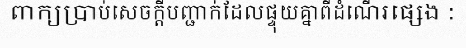
ពាក្យប្រាប់សេចក្តីបញ្ជាក់ដែលផ្ទុយគ្នាពីដំណើរផ្សេង :